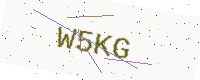
Text: W5KG